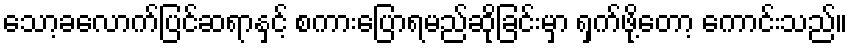
သော့ခလောက်ပြင်ဆရာနှင့် စကားပြောရမည်ဆိုခြင်းမှာ ရှက်ဖို့တော့ ကောင်းသည်။